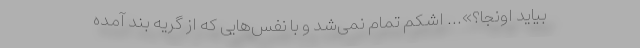
بیاید اونجا؟»... اشکم تمام نمی‌شد و با نفس‌هایی که از گریه بند آمده